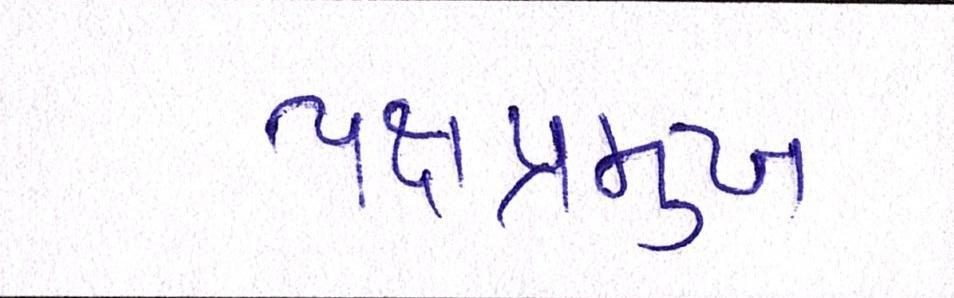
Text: પક્ષપ્રમુખ